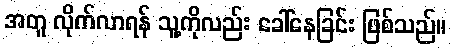
အတူ လိုက်လာရန် သူ့ကိုလည်း ခေါ်နေခြင်း ဖြစ်သည်။